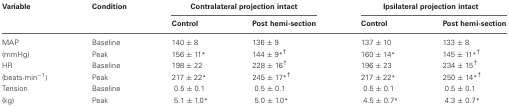
| Variable | Condition | <COLSPAN=2> Contralateral projection intact | <COLSPAN=2> Ipsilateral projection intact |
 |  |  | Control | Post hemi-section | Control | Post hemi-section |
 | --- | --- | --- | --- | --- | --- |
 | MAP | Baseline | 140 ± 8 | 136 ± 9 | 137 ± 10 | 133 ± 8 |
 | (mmHg) | Peak | 156 ± 11* | 144 ± 9*† | 160 ± 14* | 145 ± 11*† |
 | HR | Baseline | 198 ± 22 | 228 ± 16† | 196 ± 23 | 234 ± 15† |
 | (beats·min−1) | Peak | 217 ± 22* | 245 ± 17*† | 217 ± 22* | 250 ± 14*† |
 | Tension | Baseline | 0.5 ± 0.1 | 0.5 ± 0.1 | 0.5 ± 0.1 | 0.5 ± 0.1 |
 | (kg) | Peak | 5.1 ± 1.0* | 5.0 ± 1.0* | 4.5 ± 0.7* | 4.3 ± 0.7* |